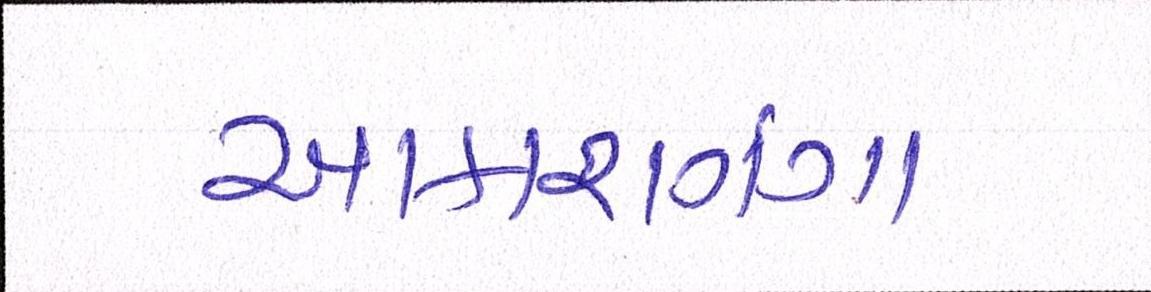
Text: આકાશગંગા